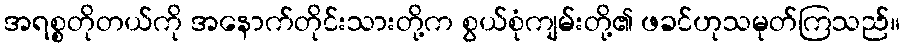
အရစ္စတိုတယ်ကို အနောက်တိုင်းသားတို့က စွယ်စုံကျမ်းတို့၏ ဖခင်ဟုသမုတ်ကြသည်။